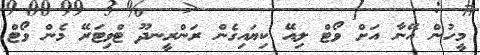
މީހުން އޭނާ އަށް ވޯޓް ލިއޭ ކިޔައިގެން ރަންރީނދޫ ޓްވިޓަރޭ މެން ވޯޓް